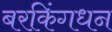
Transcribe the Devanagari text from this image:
बरकिंगधन